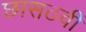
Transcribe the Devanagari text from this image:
छासठवीं